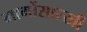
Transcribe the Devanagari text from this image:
मार्गोसारखी